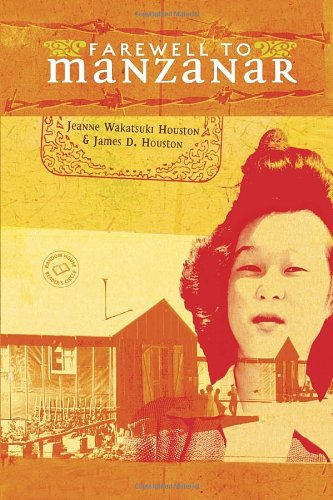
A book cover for Farewell to Manzanar; Jeanne Houston; Teen & Young Adult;